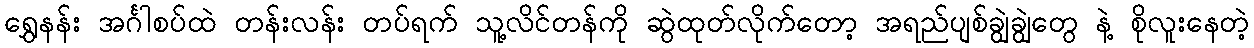
ရွှေနန်း အင်္ဂါစပ်ထဲ တန်းလန်း တပ်ရက် သူ့လိင်တန်ကို ဆွဲထုတ်လိုက်တော့ အရည်ပျစ်ချွဲချွဲတွေ နဲ့ စိုလူးနေတဲ့